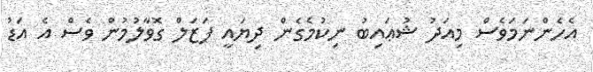
އެހެންނަމަވެސް މިއަދު ޝުޢައިބު ނިކުމެގެން ދިޔައީ ފަޒަލް ގޮވާލުމުން ވެސް އެ އަޑު